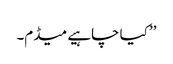
’’ کیا چاہیے میڈم۔